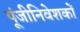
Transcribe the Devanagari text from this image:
पूंजीनिवेशकों